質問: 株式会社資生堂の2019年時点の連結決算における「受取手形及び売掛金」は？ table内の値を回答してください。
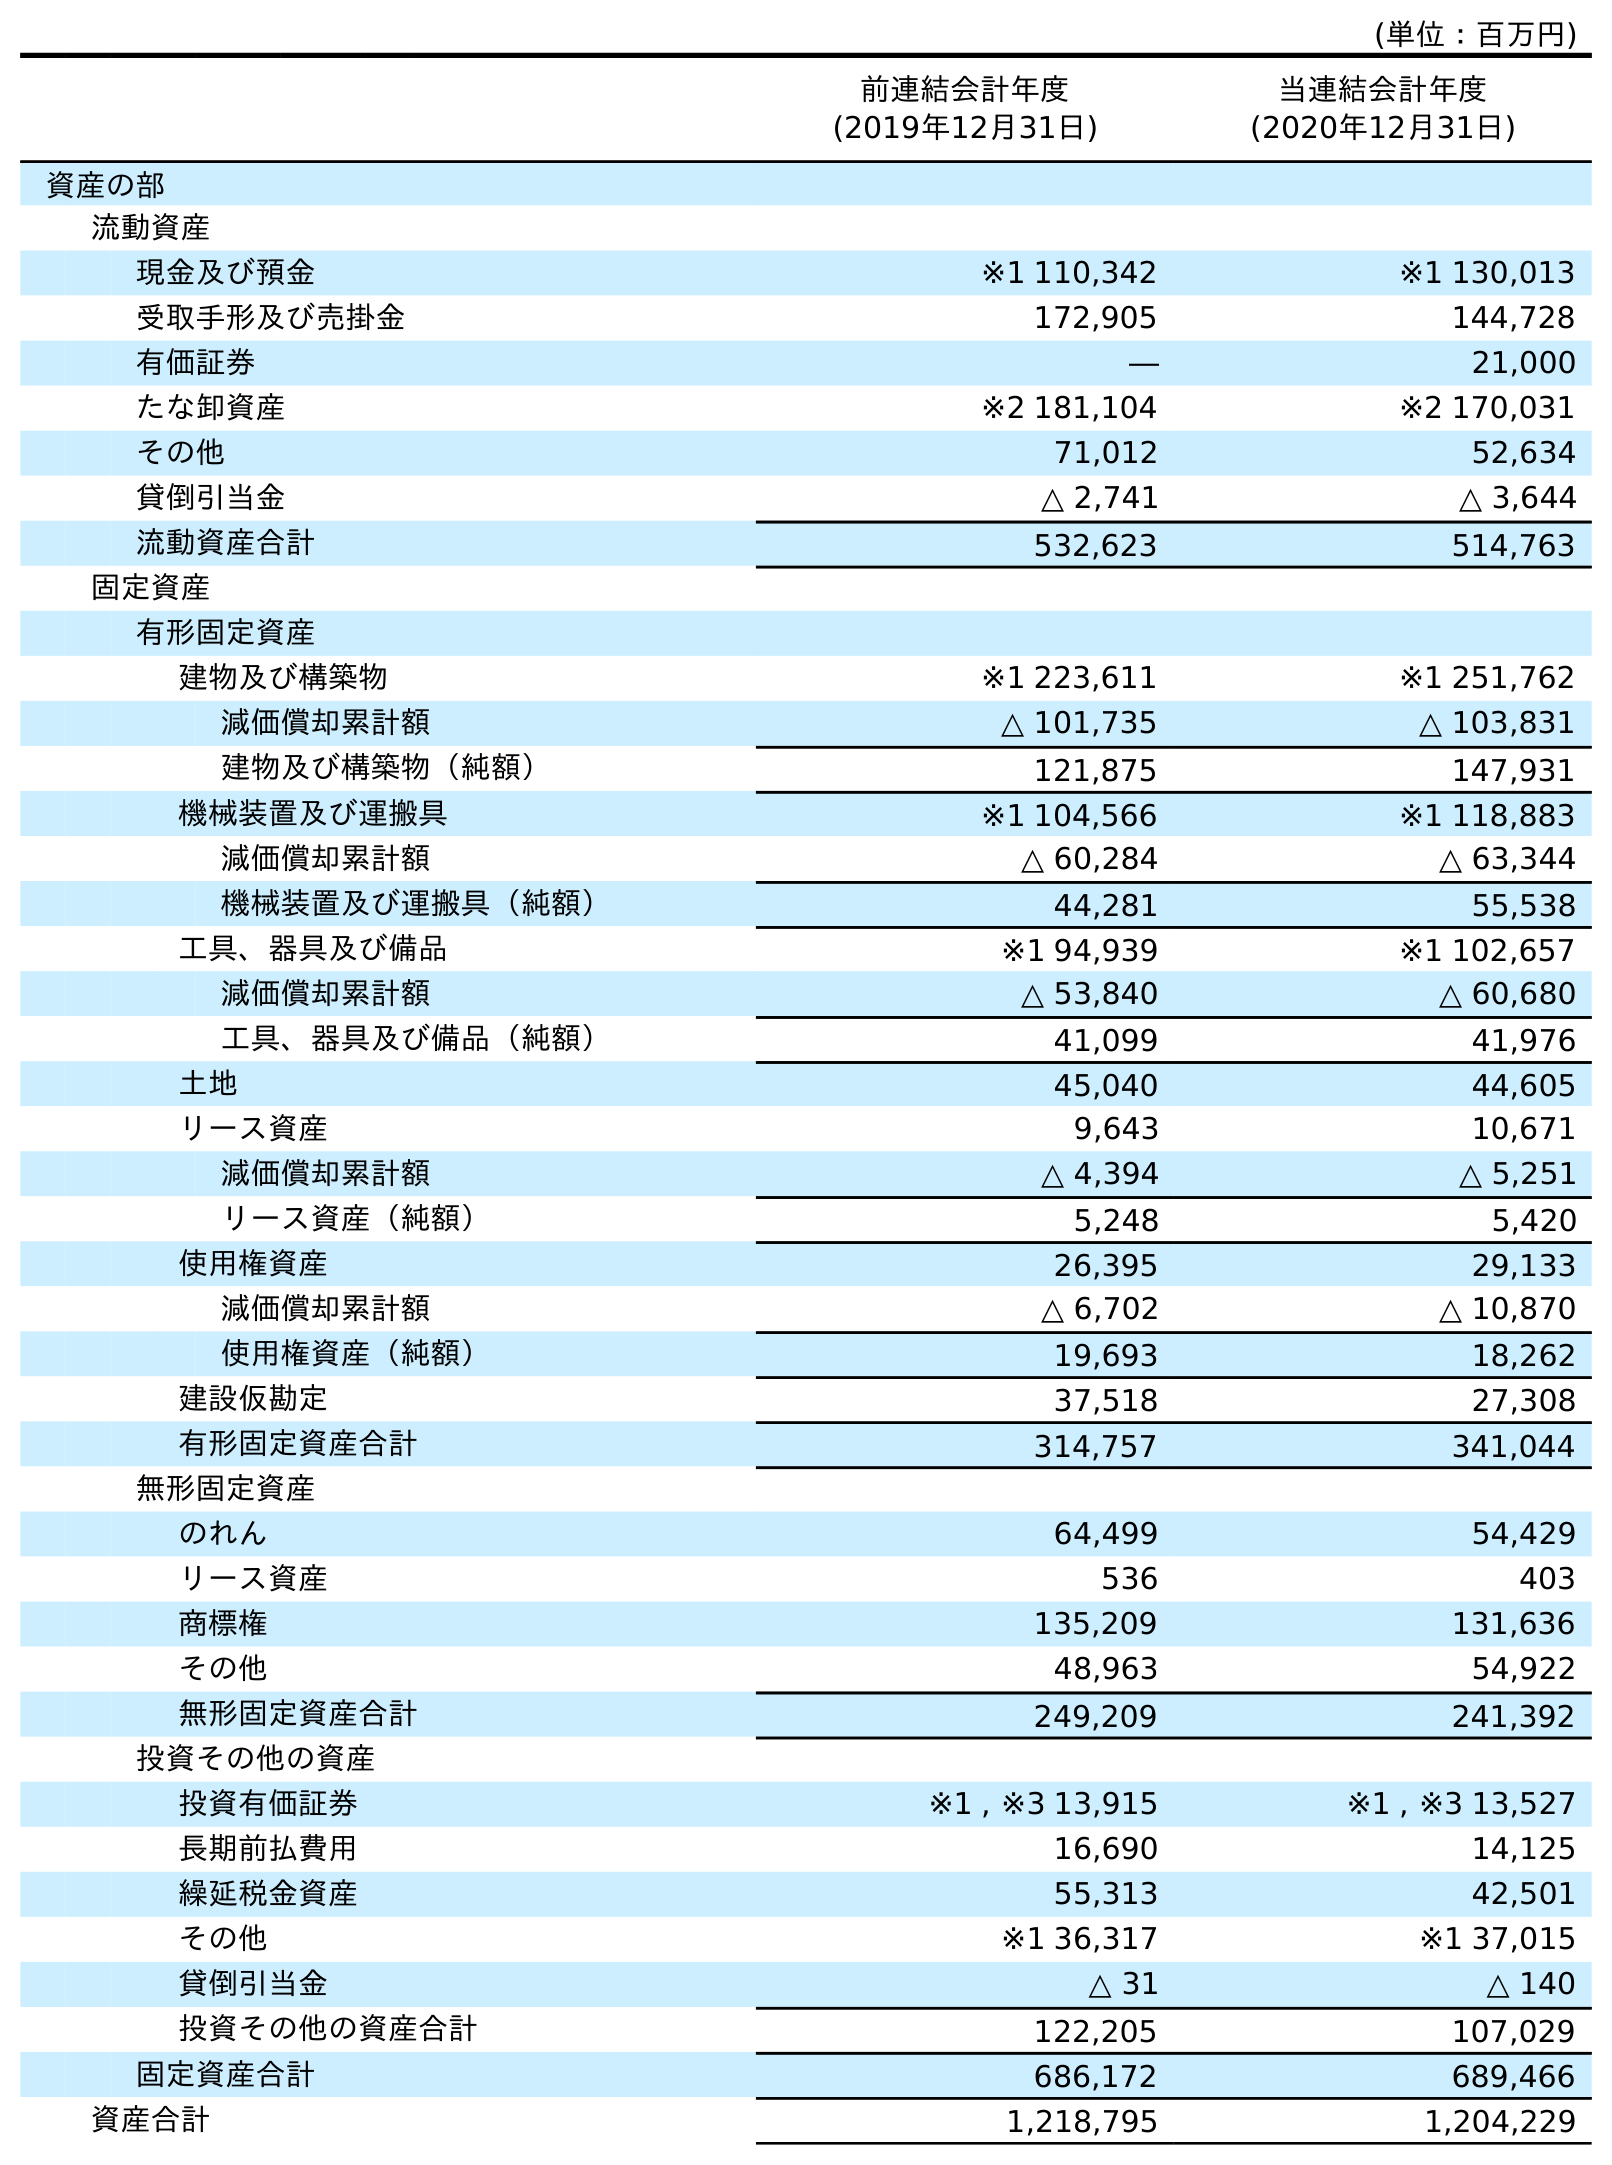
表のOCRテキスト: (単位：百万円) 前連結会計年度 (2019年12月31日) 当連結会計年度 (2020年12月31日) 資産の部 流動資産 現金及び預金 ※1 110,342 ※1 130,013 受取手形及び売掛金 172,905 144,728 有価証券 ― 21,000 たな卸資産 ※2 181,104 ※2 170,031 その他 71,012 52,634 貸倒引当金 △ 2,741 △ 3,644 流動資産合計 532,623 514,763 固定資産 有形固定資産 建物及び構築物 ※1 223,611 ※1 251,762 減価償却累計額 △ 101,735 △ 103,831 建物及び構築物（純額） 121,875 147,931 機械装置及び運搬具 ※1 104,566 ※1 118,883 減価償却累計額 △ 60,284 △ 63,344 機械装置及び運搬具（純額） 44,281 55,538 工具、器具及び備品 ※1 94,939 ※1 102,657 減価償却累計額 △ 53,840 △ 60,680 工具、器具及び備品（純額） 41,099 41,976 土地 45,040 44,605 リース資産 9,643 10,671 減価償却累計額 △ 4,394 △ 5,251 リース資産（純額） 5,248 5,420 使用権資産 26,395 29,133 減価償却累計額 △ 6,702 △ 10,870 使用権資産（純額） 19,693 18,262 建設仮勘定 37,518 27,308 有形固定資産合計 314,757 341,044 無形固定資産 のれん 64,499 54,429 リース資産 536 403 商標権 135,209 131,636 その他 48,963 54,922 無形固定資産合計 249,209 241,392 投資その他の資産 投資有価証券 ※1 , ※3 13,915 ※1 , ※3 13,527 長期前払費用 16,690 14,125 繰延税金資産 55,313 42,501 その他 ※1 36,317 ※1 37,015 貸倒引当金 △ 31 △ 140 投資その他の資産合計 122,205 107,029 固定資産合計 686,172 689,466 資産合計 1,218,795 1,204,229
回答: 172,905